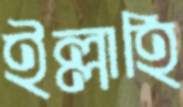
ইল্লাহি